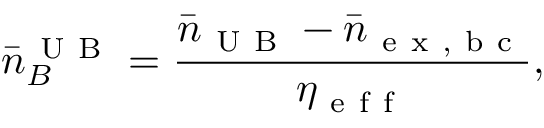
\bar { n } _ { B } ^ { \mathrm { ~ U ~ B ~ } } = \frac { \bar { n } _ { \mathrm { ~ U ~ B ~ } } - \bar { n } _ { \mathrm { ~ e ~ x ~ , ~ b ~ c ~ } } } { \eta _ { \mathrm { ~ e ~ f ~ f ~ } } } ,